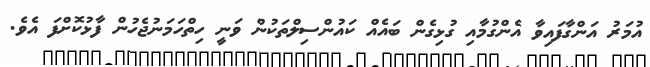
އުމަރު އަންގާފައިވާ އެންގުމާއި ގުޅިގެން ބައެއް ކައުންސިލްތަކުން ވަނީ ހިތްހަމަނުޖެހުން ފާޅުކޮށްފަ އެވެ.